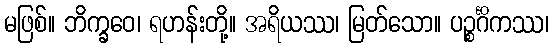
မဖြစ်။ ဘိက္ခဝေ၊ ရဟန်းတို့။ အရိယဿ၊ မြတ်သော။ ပဉ္စင်္ဂိကဿ၊